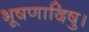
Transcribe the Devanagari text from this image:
भूषणादिषु।